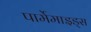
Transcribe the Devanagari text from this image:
पार्मेमाइड्स